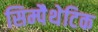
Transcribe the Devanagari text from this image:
सिम्पैथेटिक